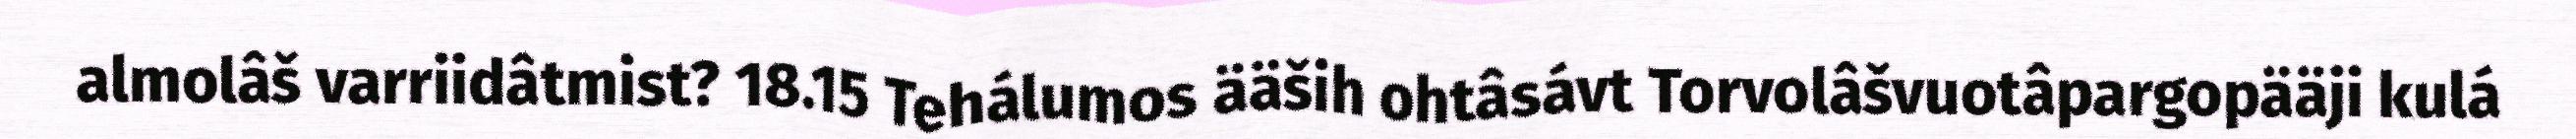
almolâš varriidâtmist? 18.15 Tehálumos ääših ohtâsávt Torvolâšvuotâpargopääji kulá